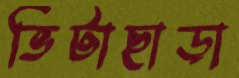
ভিটাছাড়া